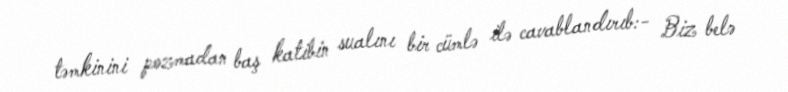
təmkinini pozmadan baş katibin sualını bir cümlə ilə cavablandırıb:- Biz belə